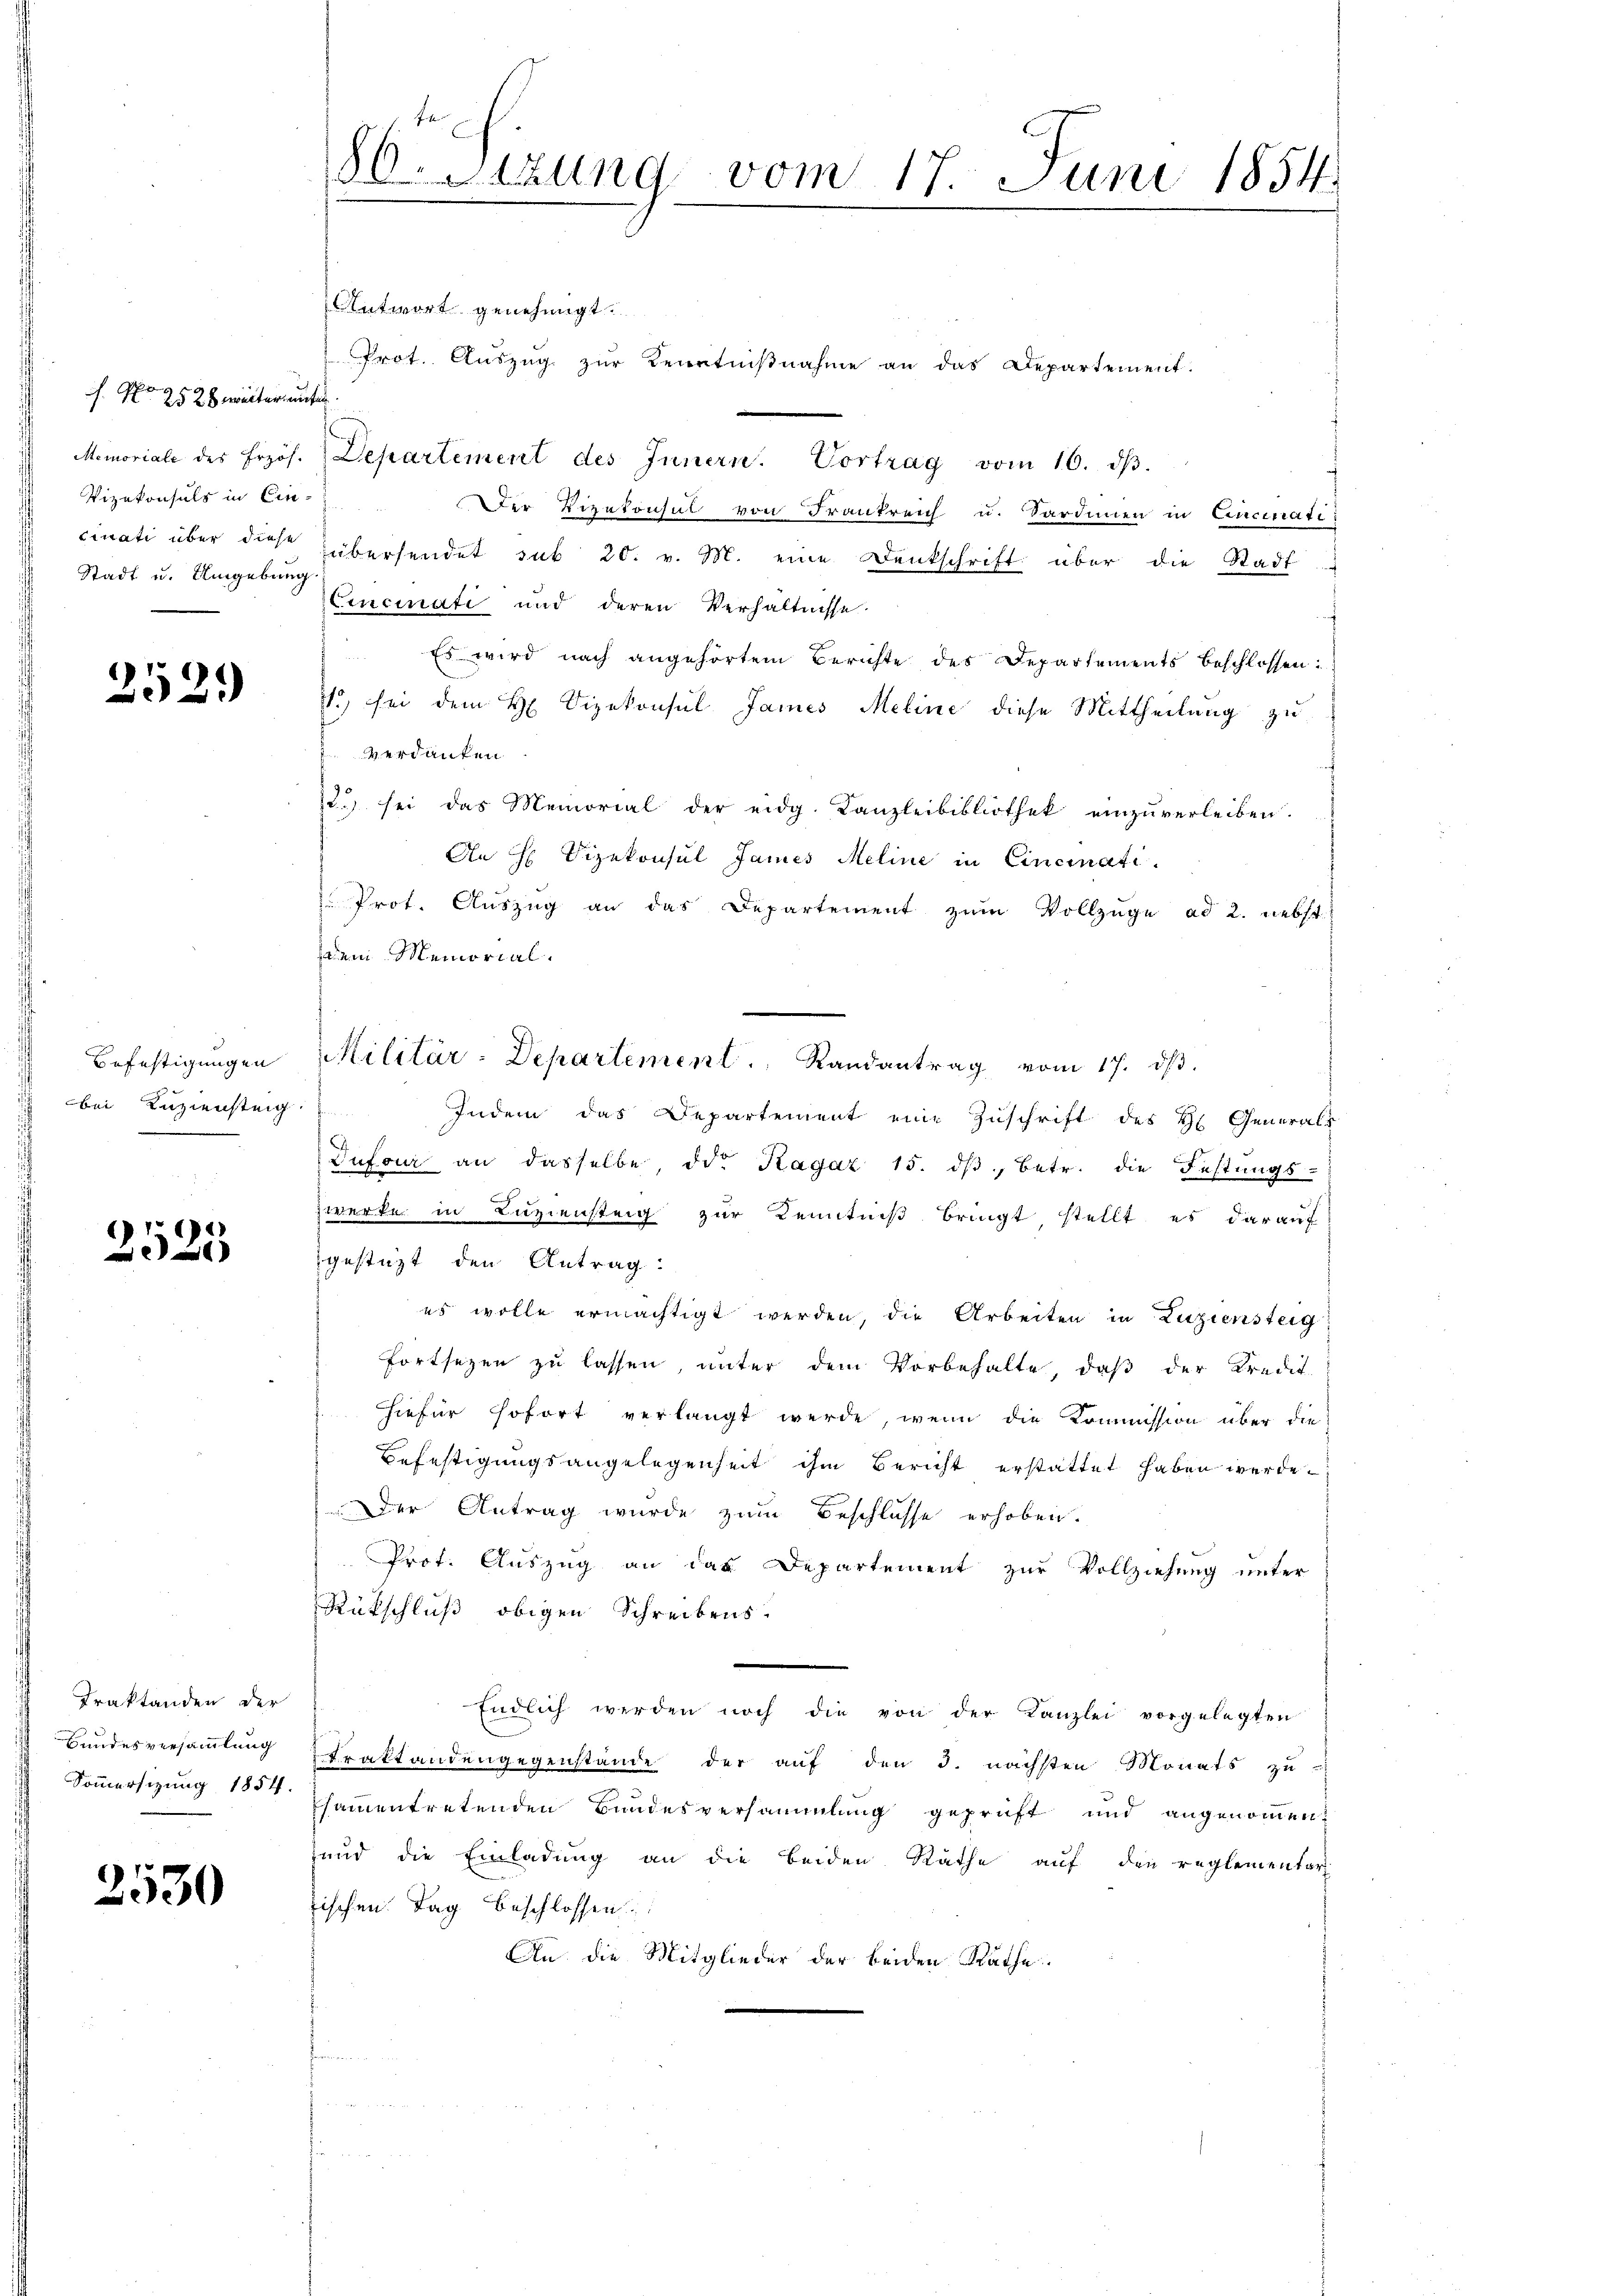
f. No 2528 weiteren
Memoriale des Erzoh.
Vizekonsuls in Ein
cinati über diese
Stadt u. Umgebung

252.

Befestigungen
bei Kuziensteig.

2525

Traktanden der
Bundesversammlung
Sommersizung 1854.

2530

Antwort genehmigt.
Prot. Auszug zur Kenntnißnahme an das Departement.
t
Departement des Innern. Vortrag vom 16. dβ.
.
Der Vizekonsul von Frankreich u. Sardinien in Cincinati
übersendet sub 20. v. M. eine Denkschrift über die Stadt
Cincinati und deren Verhältnisse
Es wird nach angehörtem Berichte des Departements beschlossen:
13, sei dem H. Vizekonsul James Meline diese Mittheilung zu
verdanken
22 sei das Memorial der eidg. Kanzleibibliothek einzŭverleiben.
An H. Vizekonsul James Meline in Cincinati
Prot. Aŭszŭg an das Departement zŭm Vollzüge ad 2. nebst
dem Memorial.
Indem das Departement eine Zuschrift des H. Generals
Dufour an dasselbe, die Ragaz 15. dβ, betr. die Festungs-
zwerke in Luziensteig zur Kenntniß bringt stellt es darauf
gestatt den Antrag:
es wolle ermächtigt werden, die Arbeiten in Zuziensteig
fortsezen zu lassen, unter dem Vorbehalte, daß der Kredit
hiefür sofort verlangt werde, wenn die Kommission über die
Befestigungsangelegenheit ihm Bericht erstattet haben werde.
Der Antrag wurde zum Beschlusse erhoben.
Prot. Auszug an das Departement zur Vollziehung unter
Rückschluß obigen Schreibens.
Endlich werden noch die von der Kanzlei vorgelegten
Praktandengegenstände der auf den 3. nächsten Monats zu
sammentretenden Bundesversammlung geprüft und angenommen.
und die Einladung an die beiden Räthe auf den reglementar
fischen Tag beschlossen:
An die Mitglieder der beiden Rathe

80. Setzung vom 17. Juni 1854.

Militär-Departement. Randantrag vom 17. dβ.